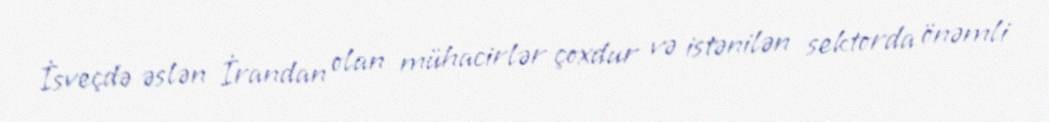
İsveçdə əslən İrandan olan mühacirlər çoxdur və istənilən sektorda önəmli